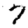
Digit: 7